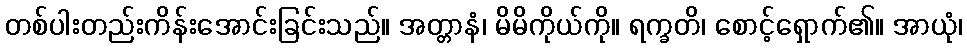
တစ်ပါးတည်းကိန်းအောင်းခြင်းသည်။ အတ္တာနံ၊ မိမိကိုယ်ကို။ ရက္ခတိ၊ စောင့်ရှောက်၏။ အာယုံ၊